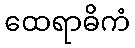
ထေရာဓိကံ